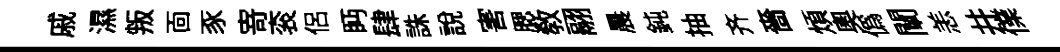
戚濕叛靣豕𭔃衮侶眄肆誅說害腮敎翮晨鈍抽齐嗇煩奥偽闡恙井㒒